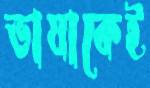
ভাষাকেই